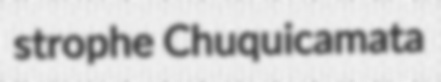
strophe Chuquicamata